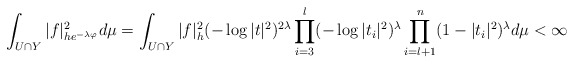
\begin{align*}\int_{U \cap Y}|f|_{he^{-\lambda \varphi}}^2 d\mu=\int_{U \cap Y}|f|_h^2(-\log |t|^2)^{2\lambda}\prod_{i=3}^l(-\log |t_i|^2)^{\lambda}\prod_{i=l+1}^n(1-|t_i|^2)^{\lambda} d\mu< \infty\end{align*}